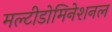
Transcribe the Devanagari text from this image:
मल्टीडोमिनेशनल